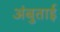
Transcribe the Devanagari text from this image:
अंबुताई